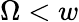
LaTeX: \Omega<w